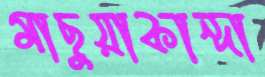
মাছুয়াকান্দা